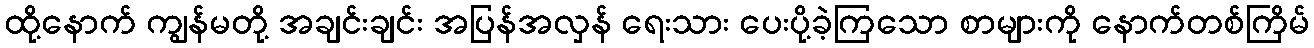
ထို့နောက် ကျွန်မတို့ အချင်းချင်း အပြန်အလှန် ရေးသား ပေးပို့ခဲ့ကြသော စာများကို နောက်တစ်ကြိမ်